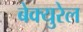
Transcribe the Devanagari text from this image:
बेक्युरेल